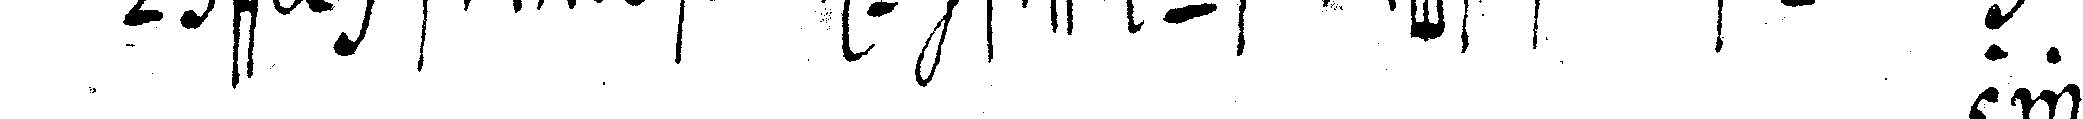
# zw